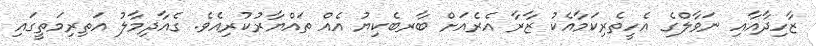
ޒާހިދާއާއި ނަވާލްގެ އެހީތެރިކަމާއެކު ޒާރާ އެރެއަށް ބާރބެކިޔު އެއް ތައްޔާރުކުރިއެވެ. ގެއާދިމާލު އަތިރިމަތީގައި